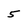
Character: 5